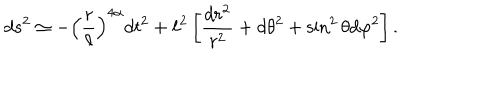
LaTeX: d s ^ { 2 } \simeq - \left( { \frac { r } { \ell } } \right) ^ { 4 \alpha } d t ^ { 2 } + \ell ^ { 2 } \left[ { \frac { d r ^ { 2 } } { r ^ { 2 } } } + d \theta ^ { 2 } + \sin ^ { 2 } \theta d \varphi ^ { 2 } \right] .